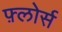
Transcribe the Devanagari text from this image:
फ़्लोर्स